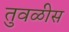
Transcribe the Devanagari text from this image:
तुवळीस